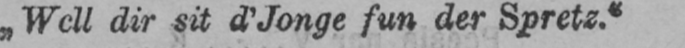
dir sit d’Jonge fun der Spretz.“